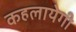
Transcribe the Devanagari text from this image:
कहलायेगी